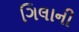
ગિલાની